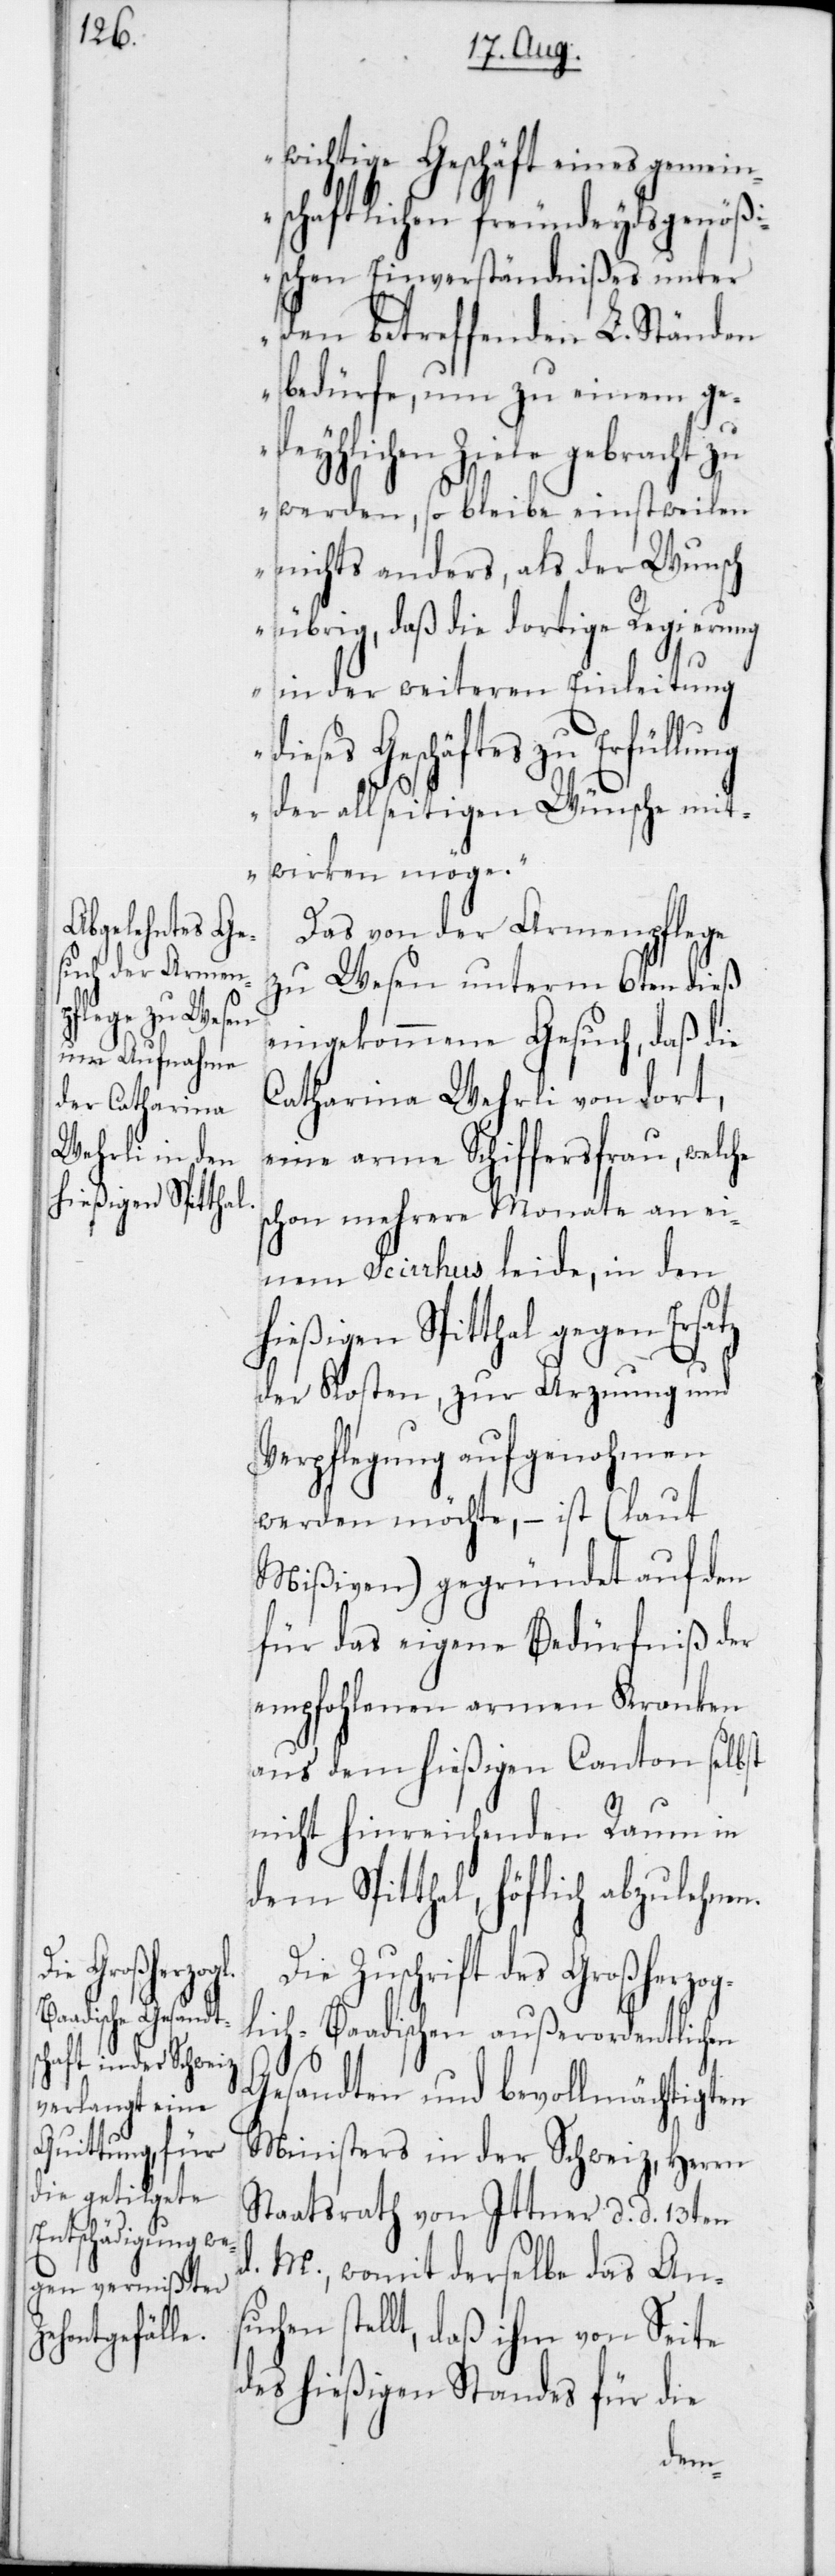
wichtige Geschäft eines gemein¬
schaftlichen freundeydsgenößi¬
schen Einverständnißes unter
den betreffenden L. Ständen
bedürfe, um zu einem ge¬
deyhlichen Ziele gebracht zu
werden, so bleibe einstweilen
nichts anders, als der Wunsch
übrig, daß die dortige Regierung
in der weiteren Einleitung
Geschäftes zu Erfüllung
der allseitigen Wünsche mit¬
wirken möge.“
Das von der Armenpflege
zu Wesen unterm 6ten dieß
dieses
eingekommene Gesuch, daß die
Catharina Wehrli von dort,
eine arme Schiffersfrau, welche
schon mehrere Monate an ei¬
nem Scirrhus leide, in den
hießigen Spitthal gegen Ersatz
der Kosten, zur Arznung und
Verpflegung aufgenohmen
werden möchte, – ist (laut
Mißiven) gegründet auf den
für das eigene Bedürfniß der
empfohlenen armen Kranken
aus dem hießigen Canton selbst
mit hinreichenden Raum in
dem Spitthal, höflich abzulehn¬
Die Zuschrift des Großherzog¬
lich-Baadischen außerordentlichen
Gesandten und bevollmächtigten
Ministers in der Schweiz, Herrn
Staatsrath von Ittner, d. d. 13ten
M., womit derselbe das Ans¬
uchen stellt, daß ihm von Seite
des hießigenStandes für die
en.